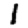
Digit: 1